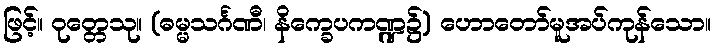
ဖြင့်။ ဝုတ္တေသု။ (ဓမ္မသင်္ဂဏီ၊ နိက္ခေပကဏ္ဍ၌) ဟောတော်မူအပ်ကုန်သော။